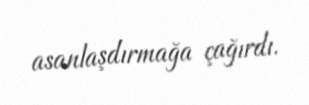
asanlaşdırmağa çağırdı.